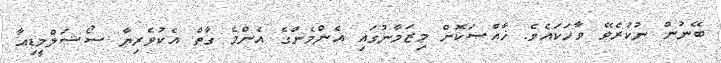
ބޭނުން ނުކުރެވޭ ވާހަކައެވެ. ޚާއްޞަކޮށް މިޒަމާނުގައި އެންމެންގެ އެންމެ ގާތް އެކުވެރިޔާ ސޯޝަލްމީޑިއާ